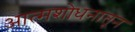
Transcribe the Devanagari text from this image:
आत्मशोधनातून